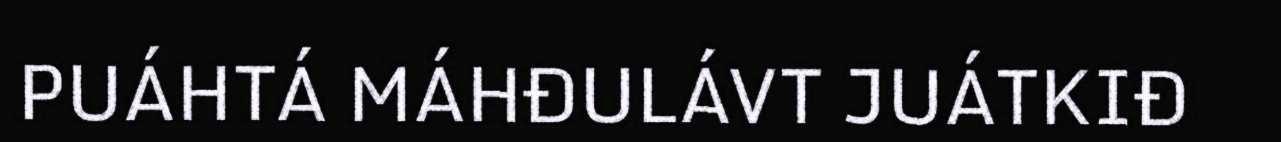
PUÁHTÁ MÁHĐULÁVT JUÁTKIĐ